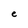
Character: e